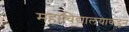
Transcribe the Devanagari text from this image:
महाविद्यालयाकडून